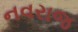
નવરાજ